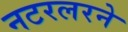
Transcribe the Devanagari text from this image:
नटरलरने